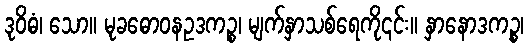
ဒုဝိဓံ၊ သော။ မုခဓောဝနဥဒကဉ္စ၊ မျက်နှာသစ်ရေကို၎င်း။ နှာနောဒကဉ္စ၊